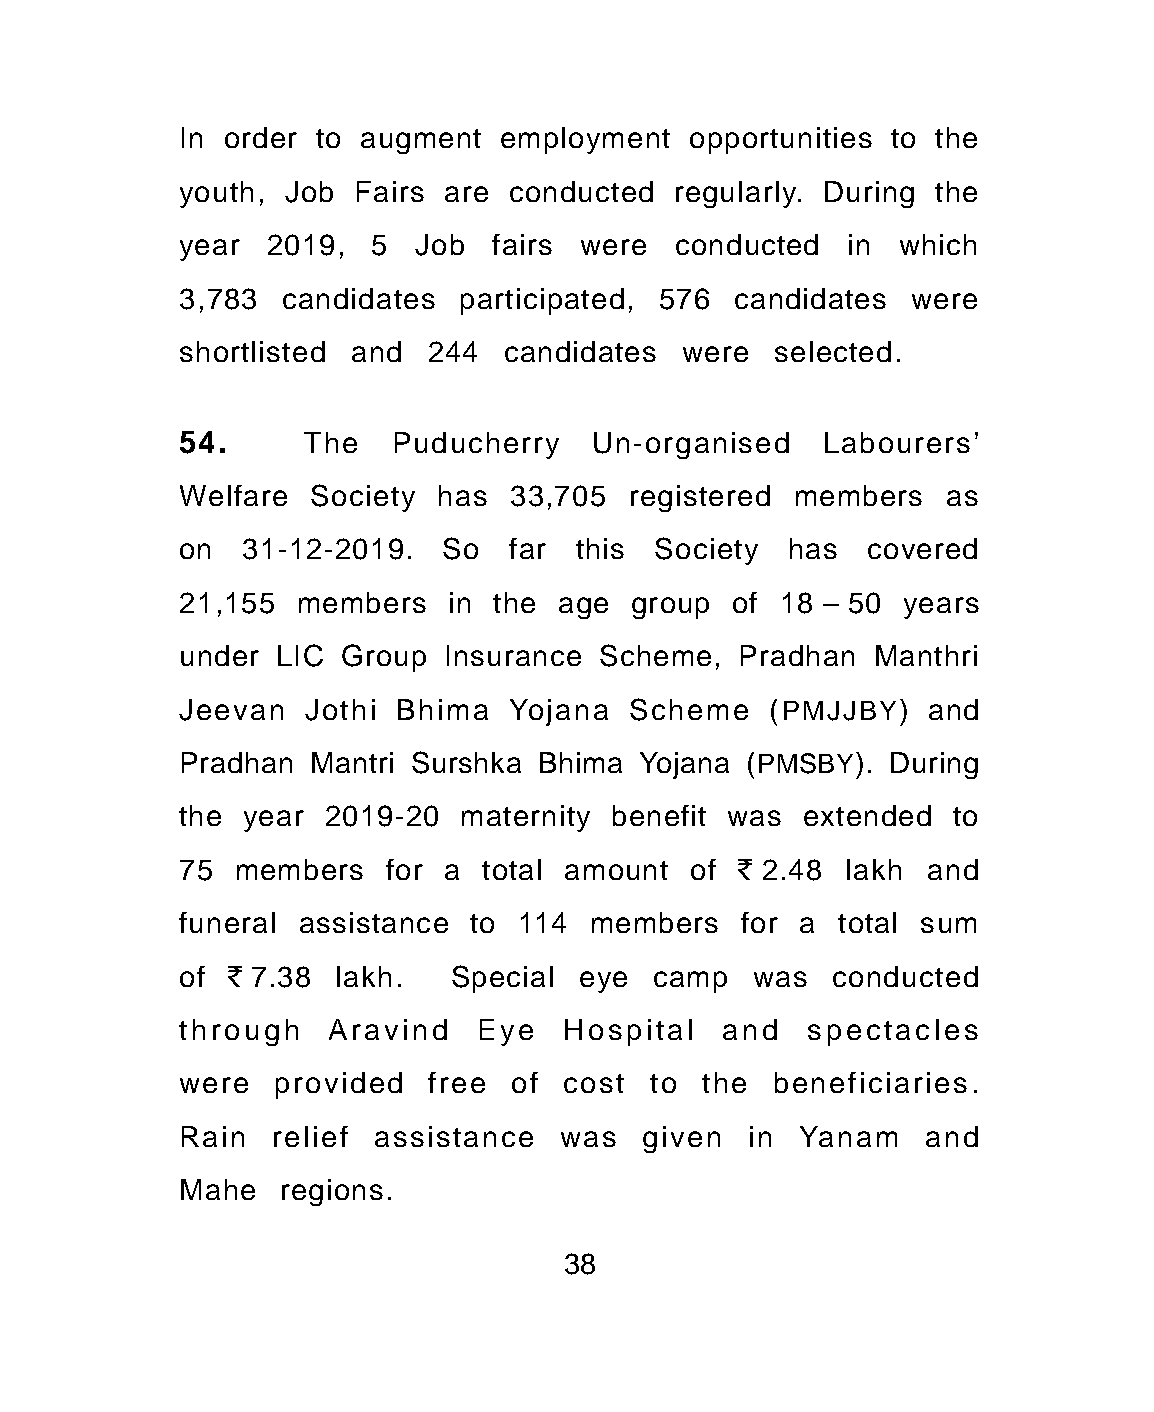
In order to augment  employment  opportunities to the
 youth, Job Fairs are  conducted regularly. During the
 year  2019,  5 Job  fairs were   conducted  in which
 3,783  candidates participated, 576 candidates  were
 shortlisted and 244  candidates  were  selected.
 54.     The   Puducherry   Un-organised   Labourers'
 Welfare Society  has  33,705 registered members    as
 on  31-12-2019.  So   far this Society  has  covered
 21,155 members    in the age  group of 18 – 50  years
 under LIC Group  Insurance  Scheme,  Pradhan  Manthri
 Jeevan  Jothi Bhima   Yojana  Scheme   (PMJJBY)  and
 Pradhan Mantri Surshka Bhima  Yojana (PMSBY).  During
 the year 2019-20  maternity benefit was  extended  to
 75 members   for a  total amount  of ` 2.48 lakh and
 funeral assistance to 114  members   for a total sum
 of ` 7.38 lakh.   Special eye  camp   was  conducted
 through   Aravind  Eye   Hospital   and  spectacles
 were  provided  free  of cost  to the  beneficiaries.
 Rain  relief assistance  was  given  in  Yanam   and
 Mahe  regions.
 38